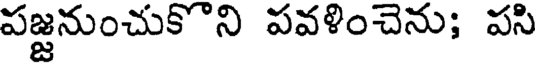
పజ్జనుంచుకొని పవళించెను; పసి